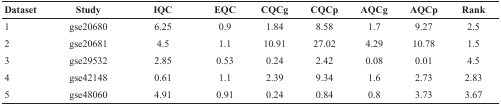
<table><thead><tr><td><b>Dataset</b></td><td><b>Study</b></td><td><b>IQC</b></td><td><b>EQC</b></td><td><b>CQCg</b></td><td><b>CQCp</b></td><td><b>AQCg</b></td><td><b>AQCp</b></td><td><b>Rank</b></td></tr></thead><tbody><tr><td>1</td><td>gse20680</td><td>6.25</td><td>0.9</td><td>1.84</td><td>8.58</td><td>1.7</td><td>9.27</td><td>2.5</td></tr><tr><td>2</td><td>gse20681</td><td>4.5</td><td>1.1</td><td>10.91</td><td>27.02</td><td>4.29</td><td>10.78</td><td>1.5</td></tr><tr><td>3</td><td>gse29532</td><td>2.85</td><td>0.53</td><td>0.24</td><td>2.42</td><td>0.08</td><td>0.01</td><td>4.5</td></tr><tr><td>4</td><td>gse42148</td><td>0.61</td><td>1.1</td><td>2.39</td><td>9.34</td><td>1.6</td><td>2.73</td><td>2.83</td></tr><tr><td>5</td><td>gse48060</td><td>4.91</td><td>0.91</td><td>0.24</td><td>0.84</td><td>0.8</td><td>3.73</td><td>3.67</td></tr></tbody></table>